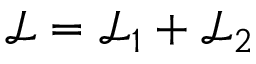
\mathcal { L } = \mathcal { L } _ { 1 } + \mathcal { L } _ { 2 }